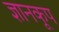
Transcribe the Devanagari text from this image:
ज्ञानकूप